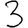
Digit: 3